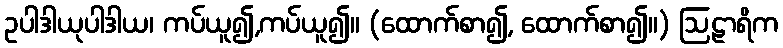
ဥပါဒါယုပါဒါယ၊ ကပ်ယူ၍,ကပ်ယူ၍။ (ထောက်စာ၍, ထောက်စာ၍။) ဩဠာရိက